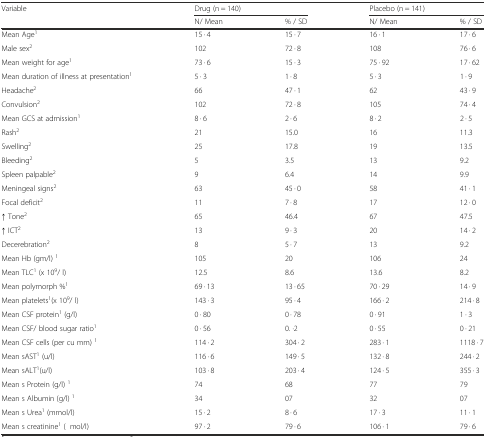
<table><thead><tr><td><b>Variable</b></td><td colspan="2"><b>Drug (n = 140)</b></td><td colspan="2"><b>Placebo (n = 141)</b></td></tr><tr><td></td><td><b>N/ Mean</b></td><td><b>% / SD</b></td><td><b>N/ Mean</b></td><td><b>% / SD</b></td></tr></thead><tbody><tr><td>Mean Age<sup>1</sup></td><td>15 · 4</td><td>15 · 7</td><td>16 · 1</td><td>17 · 6</td></tr><tr><td>Male sex<sup>2</sup></td><td>102</td><td>72 · 8</td><td>108</td><td>76 · 6</td></tr><tr><td>Mean weight for age<sup>1</sup></td><td>73 · 6</td><td>15 · 3</td><td>75 · 92</td><td>17 · 62</td></tr><tr><td>Mean duration of illness at presentation<sup>1</sup></td><td>5 · 3</td><td>1 · 8</td><td>5 · 3</td><td>1 · 9</td></tr><tr><td>Headache<sup>2</sup></td><td>66</td><td>47 · 1</td><td>62</td><td>43 · 9</td></tr><tr><td>Convulsion<sup>2</sup></td><td>102</td><td>72 · 8</td><td>105</td><td>74 · 4</td></tr><tr><td>Mean GCS at admission<sup>1</sup></td><td>8 · 6</td><td>2 · 6</td><td>8 · 2</td><td>2 · 5</td></tr><tr><td>Rash<sup>2</sup></td><td>21</td><td>15.0</td><td>16</td><td>11.3</td></tr><tr><td>Swelling<sup>2</sup></td><td>25</td><td>17.8</td><td>19</td><td>13.5</td></tr><tr><td>Bleeding<sup>2</sup></td><td>5</td><td>3.5</td><td>13</td><td>9.2</td></tr><tr><td>Spleen palpable<sup>2</sup></td><td>9</td><td>6.4</td><td>14</td><td>9.9</td></tr><tr><td>Meningeal signs<sup>2</sup></td><td>63</td><td>45 · 0</td><td>58</td><td>41 · 1</td></tr><tr><td>Focal deficit<sup>2</sup></td><td>11</td><td>7 · 8</td><td>17</td><td>12 · 0</td></tr><tr><td>↑ Tone<sup>2</sup></td><td>65</td><td>46.4</td><td>67</td><td>47.5</td></tr><tr><td>↑ ICT<sup>2</sup></td><td>13</td><td>9 · 3</td><td>20</td><td>14 · 2</td></tr><tr><td>Decerebration<sup>2</sup></td><td>8</td><td>5 · 7</td><td>13</td><td>9.2</td></tr><tr><td>Mean Hb (gm/l) <sup>1</sup></td><td>105</td><td>20</td><td>106</td><td>24</td></tr><tr><td>Mean TLC<sup>1</sup> (x 10<sup>9</sup>/ l)</td><td>12.5</td><td>8.6</td><td>13.6</td><td>8.2</td></tr><tr><td>Mean polymorph %<sup>1</sup></td><td>69 · 13</td><td>13 · 65</td><td>70 · 29</td><td>14 · 9</td></tr><tr><td>Mean platelets<sup>1</sup>(x 10<sup>9</sup>/ l)</td><td>143 · 3</td><td>95 · 4</td><td>166 · 2</td><td>214 · 8</td></tr><tr><td>Mean CSF protein<sup>1</sup> (g/l)</td><td>0 · 80</td><td>0 · 78</td><td>0 · 91</td><td>1 · 3</td></tr><tr><td>Mean CSF/ blood sugar ratio<sup>1</sup></td><td>0 · 56</td><td>0. ·2</td><td>0 · 55</td><td>0 · 21</td></tr><tr><td>Mean CSF cells (per cu mm) <sup>1</sup></td><td>114 · 2</td><td>304 · 2</td><td>283 · 1</td><td>1118 · 7</td></tr><tr><td>Mean sAST<sup>1</sup> (u/l)</td><td>116 · 6</td><td>149 · 5</td><td>132 · 8</td><td>244 · 2</td></tr><tr><td>Mean sALT<sup>1</sup>(u/l)</td><td>103 · 8</td><td>203 · 4</td><td>124 · 5</td><td>355 · 3</td></tr><tr><td>Mean s Protein (g/l) <sup>1</sup></td><td>74</td><td>68</td><td>77</td><td>79</td></tr><tr><td>Mean s Albumin (g/l) <sup>1</sup></td><td>34</td><td>07</td><td>32</td><td>07</td></tr><tr><td>Mean s Urea<sup>1</sup> (mmol/l)</td><td>15 · 2</td><td>8 · 6</td><td>17 · 3</td><td>11 · 1</td></tr><tr><td>Mean s creatinine<sup>1</sup> (μmol/l)</td><td>97 · 2</td><td>79 · 6</td><td>106 · 1</td><td>79 · 6</td></tr></tbody></table>